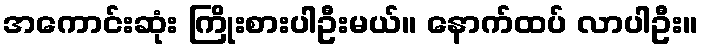
အကောင်းဆုံး ကြိုးစားပါဦးမယ်။ နောက်ထပ် လာပါဦး။